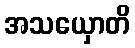
အသယှောတိ